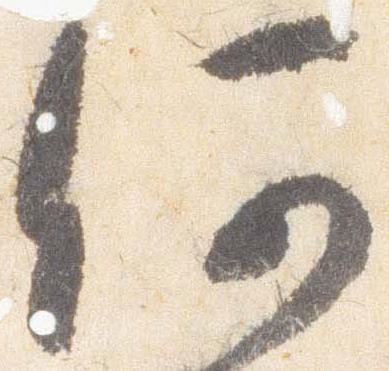
何